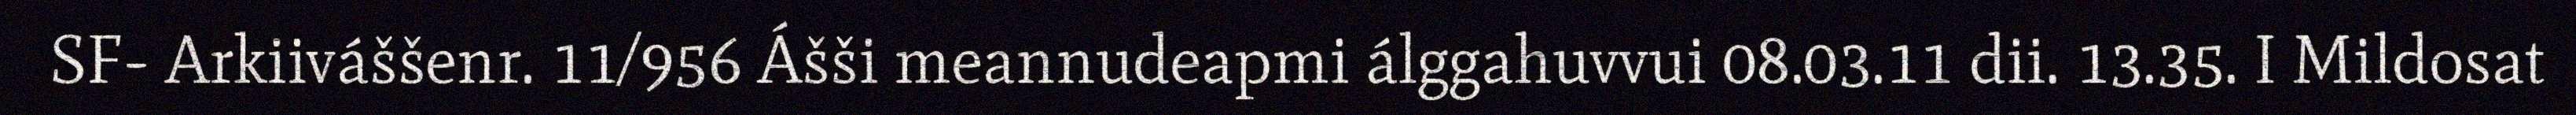
SF- Arkiiváššenr. 11/956 Ášši meannudeapmi álggahuvvui 08.03.11 dii. 13.35. I Mildosat